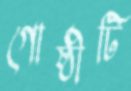
গোষ্ঠীটি